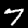
Digit: 7